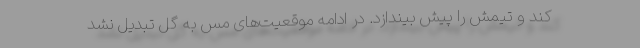
کند و تیمش را پیش بیندازد. در ادامه موقعیت‌های مس به گل تبدیل نشد